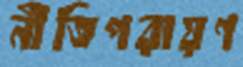
নীতিপরায়ণ